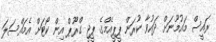
ރައީސް މައުމޫނަށް ދައުވާ ކުރަން ޕީޕީއެމްގެ ޕީޖީ ގްރޫޕް އިން ކޯޓަށް އެމައްސަލަ